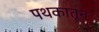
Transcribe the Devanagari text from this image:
पथकातून